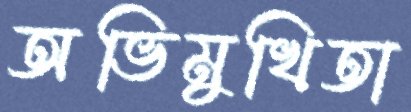
অভিমুখিতা